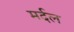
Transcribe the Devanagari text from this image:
मर्दल